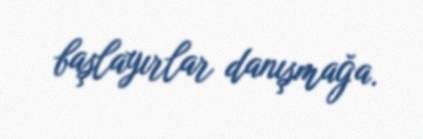
başlayırlar danışmağa.